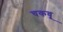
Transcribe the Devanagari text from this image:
चकवू